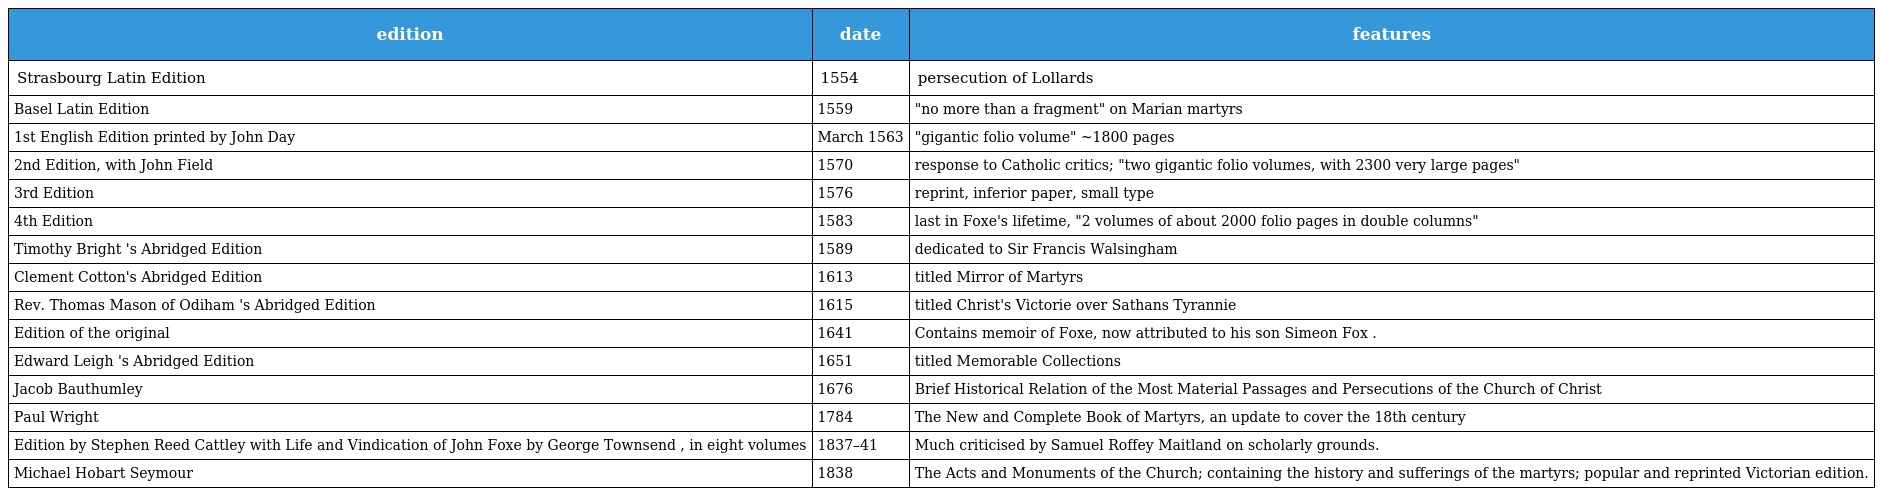
| edition | date | features |
 | --- | --- | --- |
 | Strasbourg Latin Edition | 1554 | persecution of Lollards |
 | Basel Latin Edition | 1559 | "no more than a fragment" on Marian martyrs |
 | 1st English Edition printed by John Day | March 1563 | "gigantic folio volume" ~1800 pages |
 | 2nd Edition, with John Field | 1570 | response to Catholic critics; "two gigantic folio volumes, with 2300 very large pages" |
 | 3rd Edition | 1576 | reprint, inferior paper, small type |
 | 4th Edition | 1583 | last in Foxe's lifetime, "2 volumes of about 2000 folio pages in double columns" |
 | Timothy Bright 's Abridged Edition | 1589 | dedicated to Sir Francis Walsingham |
 | Clement Cotton's Abridged Edition | 1613 | titled Mirror of Martyrs |
 | Rev. Thomas Mason of Odiham 's Abridged Edition | 1615 | titled Christ's Victorie over Sathans Tyrannie |
 | Edition of the original | 1641 | Contains memoir of Foxe, now attributed to his son Simeon Fox . |
 | Edward Leigh 's Abridged Edition | 1651 | titled Memorable Collections |
 | Jacob Bauthumley | 1676 | Brief Historical Relation of the Most Material Passages and Persecutions of the Church of Christ |
 | Paul Wright | 1784 | The New and Complete Book of Martyrs, an update to cover the 18th century |
 | Edition by Stephen Reed Cattley with Life and Vindication of John Foxe by George Townsend , in eight volumes | 1837–41 | Much criticised by Samuel Roffey Maitland on scholarly grounds. |
 | Michael Hobart Seymour | 1838 | The Acts and Monuments of the Church; containing the history and sufferings of the martyrs; popular and reprinted Victorian edition. |